Report of the Municipal Commissioner on the plague in Bombay for the year ending 31st May... - Volume 2
Disease focus: Plague
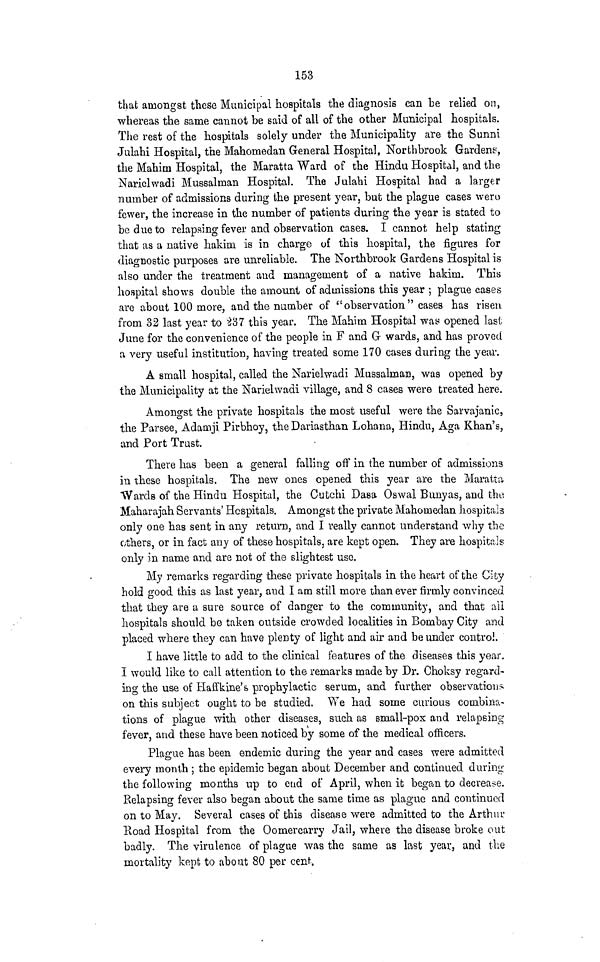
153
that amongst these Municipal hospitals the diagnosis can be relied on,
whereas the same cannot be said of all of the other Municipal hospitals.
The rest of the hospitals solely under the Municipality are the Sunni
Julahi Hospital, the Mahomedan General Hospital, Northbrook Gardens,
the Mahim Hospital, the Maratta Ward of the Hindu Hospital, and the
Narielwadi Mussalman Hospital. The Julahi Hospital had a larger
number of admissions during the present year, but the plague cases wero
fewer, the increase in the number of patients during the year is stated to
be due to relapsing fever and observation cases. I cannot help stating
that as a native hakim is in charge of this hospital, the figures for
diagnostic purposes are unreliable. The Northbrook Gardens Hospital is
also under the treatment and management of a native hakim. This
hospital shows double the amount of admissions this year ; plague cases
are about 100 more, and the number of ll observation" cases has risen
from 32 last year to 237 this year. The Mahim Hospital was opened last
June for the convenience of the people in F and G- wards, and has proved
a very useful institution, having treated some 170 cases during the year.
A small hospital, called the Narielwadi Mussalman, was opened by
the Municipality at the Narielwadi village, and 8 cases were treated here.
Amongst the private hospitals the most useful were the Sarvajanic,
the Parsee, Adamji Pirbhoy, the D arias than Lohana, Hindu, Aga Khan's,
and Port Trust.
There has been a general falling off in the number of admissions
in these hospitals. The new ones opened this year are the Maratta
Wards of the Hindu Hospital, the Cutchi Dasa Oswal Bunyas, and the.
Maharajah Servants' Hospitals. Amongst the private Mahomedan hospitals
only one has sent in any return, and I really cannot understand why the
others, or in fact any of these hospitals, are kept open. They are hospitals
only in name and are not of the slightest use.
My remarks regarding these private hospitals in the heart of the City
hold good this as last year, and I am still more than ever firmly convinced
that they are a sure source of danger to the community, and that ail
hospitals should be taken outside crowded localities in Bombay City and
placed where they can have plenty of light and air and be under control.
I have little to add to the clinical features of the diseases this year,
I would like to call attention to the remarks made by Dr. Choksy regard-
ing the use of Haffkine's prophylactic serum, and further observations
on this subject ought to be studied. We had some curious combim-
tions of plague with other diseases, such as small-pox and relapsing
fever, arid these have been noticed by some of the medical officers.
Plague has been endemic during the year and cases were admitted
every month; the epidemic began about December and continued, during
the following months up to end of April, when it began to decrease.
Relapsing fever also began about the same time as plague and continued
on to May. Several cases of this disease were admitted to the Arthur
Road Hospital from the Oomercarry Jail, where the disease broke out
badly. The virulence of plague was the same as last year, and the
mortality kept to about 80 per cent.